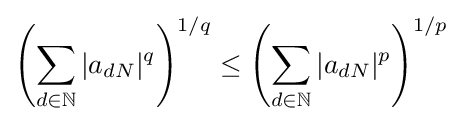
\left(\sum _{d\in \mathbb {N} }|a_{dN}|^{q}\right)^{1/q}\leq \left(\sum _{d\in \mathbb {N} }|a_{dN}|^{p}\right)^{1/p}